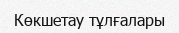
Көкшетау тұлғалары